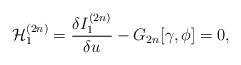
LaTeX: \begin{align*}{\cal H}^{(2n)}_1=\frac{\delta I_1^{(2n)}}{\delta u}-G_{2n}[\gamma,\phi]=0,\end{align*}